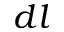
d l